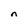
Character: n